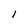
Character: l